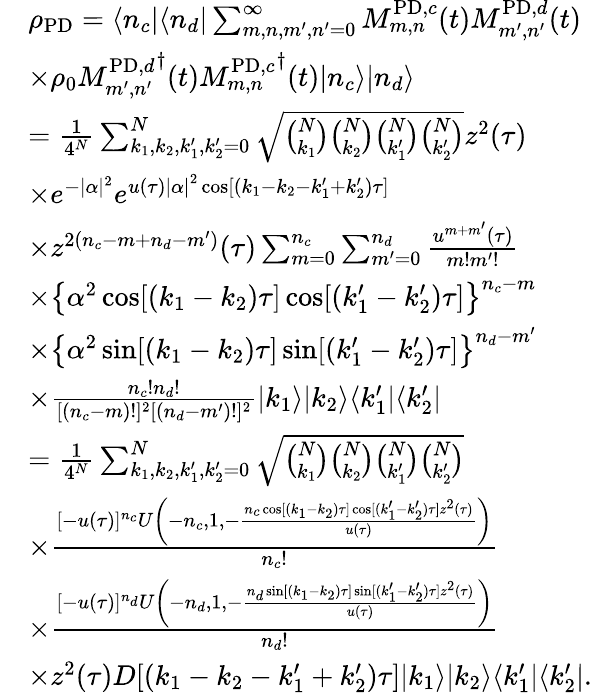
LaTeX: \begin{array}{rl}&{\rho_{\mathrm{PD}}=\langle n_{c}|\langle n_{d}|\sum_{m,n,m^{\prime},n^{\prime}=0}^{\infty}M_{m,n}^{\mathrm{PD},c}(t)M_{m^{\prime},n^{\prime}}^{\mathrm{PD},d}(t)}\\ &{\times\rho_{0}{M_{m^{\prime},n^{\prime}}^{\mathrm{PD},d}}^{\dagger}(t){M_{m,n}^{\mathrm{PD},c}}^{\dagger}(t)|n_{c}\rangle|n_{d}\rangle}\\ &{=\frac{1}{4^{N}}\sum_{k_{1},k_{2},k_{1}^{\prime},k_{2}^{\prime}=0}^{N}\sqrt{\binom{N}{k_{1}}\binom{N}{k_{2}}\binom{N}{k_{1}^{\prime}}\binom{N}{k_{2}^{\prime}}}z^{2}(\tau)}\\ &{\times e^{-|\alpha|^{2}}e^{u(\tau){|\alpha|}^{2}\cos[(k_{1}-k_{2}-k_{1}^{\prime}+k_{2}^{\prime})\tau]}}\\ &{\times z^{2(n_{c}-m+n_{d}-m^{\prime})}(\tau)\sum_{m=0}^{n_{c}}\sum_{m^{\prime}=0}^{n_{d}}\frac{u^{m+m^{\prime}}(\tau)}{m!m^{\prime}!}}\\ &{\times\left\{ \alpha^{2}\cos[(k_{1}-k_{2})\tau]\cos[(k_{1}^{\prime}-k_{2}^{\prime})\tau]\right\} ^{n_{c}-m}}\\ &{\times\left\{ \alpha^{2}\sin[(k_{1}-k_{2})\tau]\sin[(k_{1}^{\prime}-k_{2}^{\prime})\tau]\right\} ^{n_{d}-m^{\prime}}}\\ &{\times\frac{n_{c}!n_{d}!}{[(n_{c}-m)!]^{2}[(n_{d}-m^{\prime})!]^{2}}|k_{1}\rangle|k_{2}\rangle\langle k_{1}^{\prime}|\langle k_{2}^{\prime}|}\\ &{=\frac{1}{4^{N}}\sum_{k_{1},k_{2},k_{1}^{\prime},k_{2}^{\prime}=0}^{N}\sqrt{\binom{N}{k_{1}}\binom{N}{k_{2}}\binom{N}{k_{1}^{\prime}}\binom{N}{k_{2}^{\prime}}}}\\ &{\times\frac{[-u(\tau)]^{n_{c}}U\left(-{n_{c}},1,-\frac{{n_{c}}\cos[({k_{1}}-{k_{2}})\tau]\cos[({k_{1}^{\prime}}-{k_{2}^{\prime}})\tau]z^{2}(\tau)}{u(\tau)}\right)}{n_{c}!}}\\ &{\times\frac{[-u(\tau)]^{n_{d}}U\left(-{n_{d}},1,-\frac{{n_{d}}\sin[({k_{1}}-{k_{2}})\tau]\sin[({k_{1}^{\prime}}-{k_{2}^{\prime}})\tau]z^{2}(\tau)}{u(\tau)}\right)}{n_{d}!}}\\ &{\times z^{2}(\tau)D[(k_{1}-k_{2}-k_{1}^{\prime}+k_{2}^{\prime})\tau]|k_{1}\rangle|k_{2}\rangle\langle k_{1}^{\prime}|\langle k_{2}^{\prime}|.}\end{array}